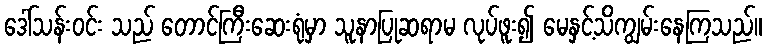
ဒေါ်သန်းဝင်း သည် တောင်ကြီးဆေးရုံမှာ သူနာပြုဆရာမ လုပ်ဖူး၍ မေနှင့်သိကျွမ်းနေကြသည်။